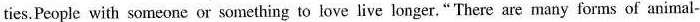
ties.People with someone or something to love live longer. " There are many forms of animal-